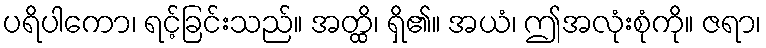
ပရိပါကော၊ ရင့်ခြင်းသည်။ အတ္ထိ၊ ရှိ၏။ အယံ၊ ဤအလုံးစုံကို။ ဇရာ၊